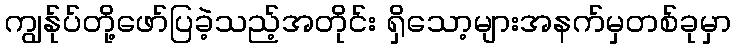
ကျွန်ုပ်တို့ဖော်ပြခဲ့သည့်အတိုင်း ရှိသော့များအနက်မှတစ်ခုမှာ